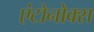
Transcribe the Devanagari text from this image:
एंटोनोक्स